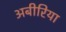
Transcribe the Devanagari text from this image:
अबीरिया